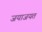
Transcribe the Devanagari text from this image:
जयाजयत